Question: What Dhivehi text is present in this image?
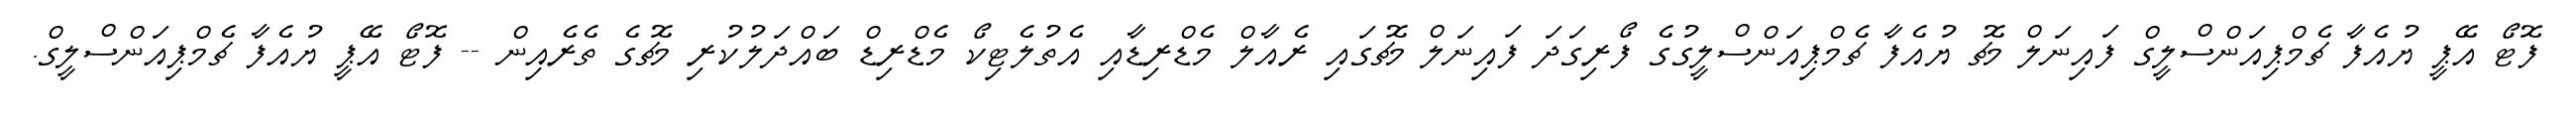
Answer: ފޮޓޯ އޭޕީ ޔުއެފާ ޗެމްޕިއަންސްލީގް ފައިނަލް މެޗު ޔުއެފާ ޗެމްޕިއަންސްލީގުގެ ފޯރިގަދަ ފައިނަލް މެޗުގައި ރެއާލް މެޑްރިޑާއި އެތުލެޓިކޯ މެޑްރިޑް ބައްދަލުކުރި މެޗުގެ ތެރެއިން -- ފޮޓޯ އޭޕީ ޔުއެފާ ޗެމްޕިއަންސްލީގް.